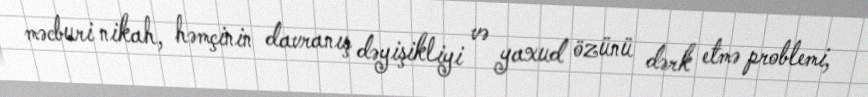
məcburi nikah, həmçinin davranış dəyişikliyi və yaxud özünü dərk etmə problemi,